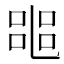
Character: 𠻌